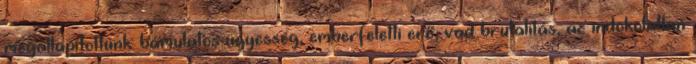
megállapítottunk: bámulatos ügyesség, emberfeletti erő, vad brutalitás, az indokolatlan